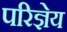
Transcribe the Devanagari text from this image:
परिज्ञेय